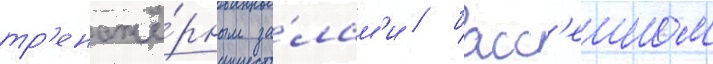
тр'енажё́рным за́лам'и / басс'еином